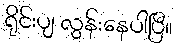
ရိုင်းပျ လွန်းနေပါပြီ။